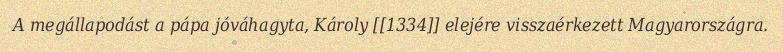
A megállapodást a pápa jóváhagyta, Károly [[1334]] elejére visszaérkezett Magyarországra.